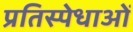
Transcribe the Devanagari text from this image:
प्रतिस्पेधाओं